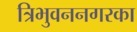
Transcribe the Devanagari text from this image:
त्रिभुवननगरका